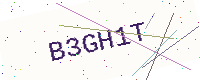
Text: B3GH1T